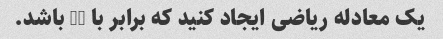
یک معادله ریاضی ایجاد کنید که برابر با 36 باشد.